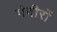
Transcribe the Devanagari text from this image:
मंदीरों